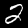
Label: 2